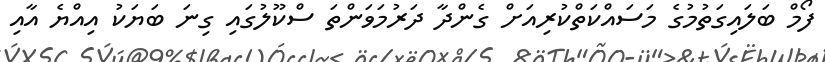
ފޯމް ބަލައިގަތުމުގެ މަސައްކަތްކުރިއަށް ގެންދާ ދަރުމަވަންތަ ސްކޫލުގައި ގިނަ ބަޔަކު އިއްޔެ އާއި